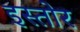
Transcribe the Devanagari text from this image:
इस्तोर